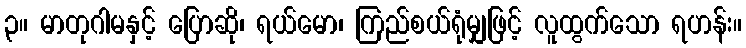
၃။ မာတုဂါမနှင့် ပြောဆို၊ ရယ်မော၊ ကြည်စယ်ရုံမျှဖြင့် လူထွက်သော ရဟန်း။